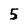
Character: 5